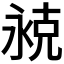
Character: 𬇾